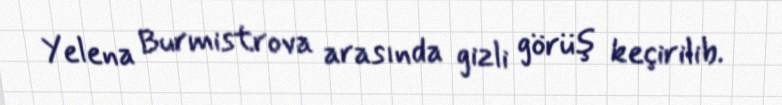
Yelena Burmistrova arasında gizli görüş keçirilib.